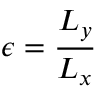
\epsilon = \frac { L _ { y } } { L _ { x } }